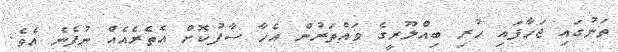
ތަނުގައި ޖަހާފައި ހުރި ބިއްލޫރީގެ ވައްތަރުން އެހާ ސާފުކޮށް އެތެރެއެއް ނުފެނެ އެވެ.